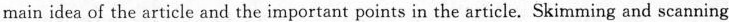
main idea of the article and the important points in the article. Skimming and scanning